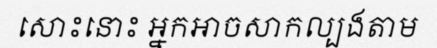
សោះនោះ អ្នកអាចសាកល្បងតាម